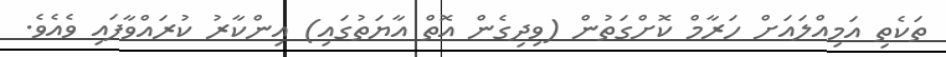
ތަކެތި އަމިއްލައަށް ހަރާމް ކޮށްގަތުން (ވިދިގެން އޮތް އާޔަތުގައި) އިންކާރު ކުރައްވާފައި ވެއެވެ.